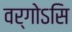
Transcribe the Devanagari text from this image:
वर्गोऽसि